Annual report on the Civil Veterinary Department, Burma (including the Insein Veterinary School) - 1932-1941
Year: 1932
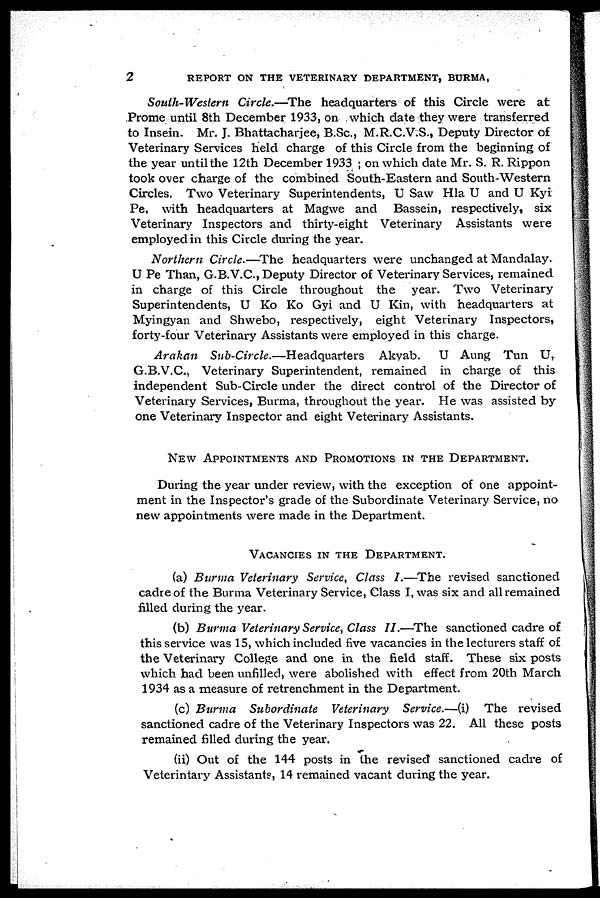
2
REPORT ON THE VETERINARY DEPARTMENT, BURMA,
South-Western Circle.—The headquarters of this Circle were at
Prome until 8th December 1933, on which date they were transferred
to Insein. Mr. J. Bhattacharjee, B.Sc., M.R.C.V.S., Deputy Director of
Veterinary Services held charge of this Circle from the beginning of
the year until the 12th December 1933 ; on which date Mr. S. R. Rippon
took over charge of the combined South-Eastern and South-Western
Circles. Two Veterinary Superintendents, U Saw Hla U and U Kyi
Pe, with headquarters at Magwe and Bassein, respectively, six
Veterinary Inspectors and thirty-eight Veterinary Assistants were
employed in this Circle during the year.
Northern Circle.—The headquarters were unchanged at Mandalay.
U Pe Than, G.B.V.C., Deputy Director of Veterinary Services, remained
in charge of this Circle throughout the year. Two Veterinary
Superintendents, U Ko Ko Gyi and U Kin, with headquarters at
Myingyan and Shwebo, respectively, eight Veterinary Inspectors,
forty-four Veterinary Assistants were employed in this charge.
Arakan Sub-Circle.—Headquarters
Akvab. U Aung Tun U,
G.B.V.C., Veterinary Superintendent, remained in charge of this
independent Sub-Circle under the direct control of the Director of
Veterinary Services, Burma, throughout the year. He was assisted by
one Veterinary Inspector and eight Veterinary Assistants.
NEW APPOINTMENTS AND PROMOTIONS IN THE DEPARTMENT.
During the year under review, with the exception of one appoint-
ment in the Inspector's grade of the Subordinate Veterinary Service, no
new appointments were made in the Department.
VACANCIES IN THE DEPARTMENT.
(a) Burma Veterinary Service, Class I.—The revised sanctioned
cadre of the Burma Veterinary Service, Class I, was six and all remained
filled during the year.
(b) Burma Veterinary Service, Class II.—The sanctioned cadre of
this service was 15, which included five vacancies in the lecturers staff of
the Veterinary College and one in the field staff. These six posts
which had been unfilled, were abolished with effect from 20th March
1934 as a measure of retrenchment in the Department.
(c) Burma Subordinate Veterinary Service.—(i) The revised
sanctioned cadre of the Veterinary Inspectors was 22. All these posts
remained filled during the year.
(ii) Out of the 144 posts in the revised sanctioned cadre of
Veterintary Assistants, 14 remained vacant during the year.